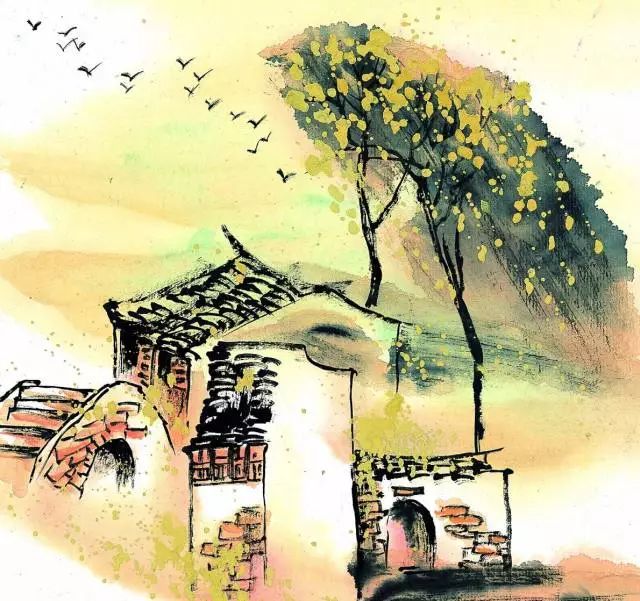
碧水惊秋，黄云凝暮，败叶零乱空阶。